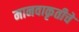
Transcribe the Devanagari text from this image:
मानवाकृतीचे